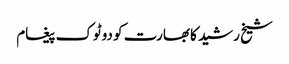
شیخ رشید کا بھارت کو دوٹوک پیغام